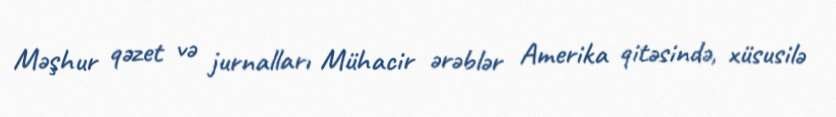
Məşhur qəzet və jurnalları Mühacir ərəblər Amerika qitəsində, xüsusilə